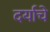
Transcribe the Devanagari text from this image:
दर्याचे